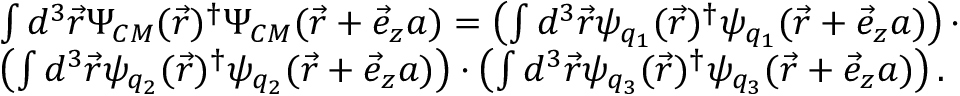
\begin{array} { l } { { \int d ^ { 3 } \vec { r } \Psi _ { C M } ( \vec { r } ) ^ { \dagger } \Psi _ { C M } ( \vec { r } + \vec { e } _ { z } a ) = \left( \int d ^ { 3 } \vec { r } \psi _ { q _ { 1 } } ( \vec { r } ) ^ { \dagger } \psi _ { q _ { 1 } } ( \vec { r } + \vec { e } _ { z } a ) \right) \cdot } } \\ { { \left( \int d ^ { 3 } \vec { r } \psi _ { q _ { 2 } } ( \vec { r } ) ^ { \dagger } \psi _ { q _ { 2 } } ( \vec { r } + \vec { e } _ { z } a ) \right) \cdot \lefteqn { \textstyle \left( \int d ^ { 3 } \vec { r } \psi _ { q _ { 3 } } ( \vec { r } ) ^ { \dagger } \psi _ { q _ { 3 } } ( \vec { r } + \vec { e } _ { z } a ) \right) . } } } \end{array}